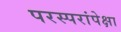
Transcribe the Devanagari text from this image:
परस्परांपेक्षा